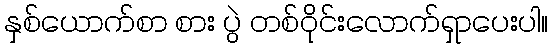
နှစ်ယောက်စာ စား ပွဲ တစ်ဝိုင်းလောက်ရှာပေးပါ။